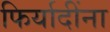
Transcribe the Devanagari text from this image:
फिर्यादींना